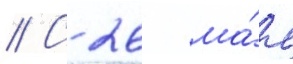
// С 26 ма́я